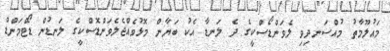
މައުލޫމާތު މުއްސަނދިވި ލެވަންޑޯސްކީގެ ދެ ލަނޑާ އެކު ބަޔާން މޮޅުވެއްޖެލެވަންޑޮސްކީގެ ލަނޑުން ޑޯޓްމަންޑް